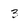
Character: 3